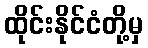
ထိုင်းနိုင်ငံတို့မှ